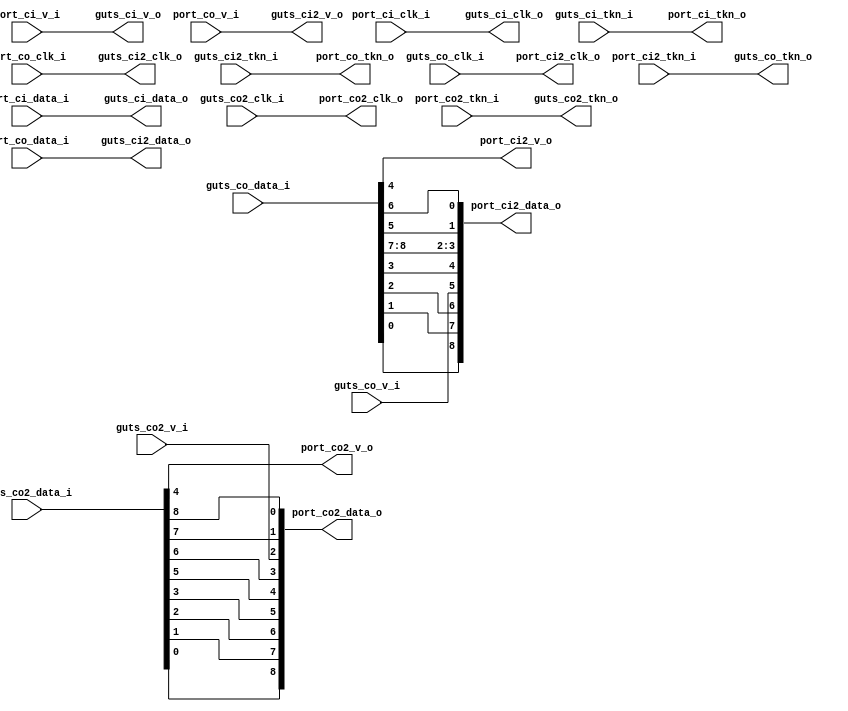
// This program was cloned from: https://github.com/NYU-MLDA/OpenABC
// License: BSD 3-Clause "New" or "Revised" License

module bsg_chip_swizzle_adapter
(
  guts_ci_clk_o,
  guts_ci_v_o,
  guts_ci_data_o,
  guts_ci_tkn_i,
  guts_ci2_clk_o,
  guts_ci2_v_o,
  guts_ci2_data_o,
  guts_ci2_tkn_i,
  guts_co_clk_i,
  guts_co_v_i,
  guts_co_data_i,
  guts_co_tkn_o,
  guts_co2_clk_i,
  guts_co2_v_i,
  guts_co2_data_i,
  guts_co2_tkn_o,
  port_ci_clk_i,
  port_ci_v_i,
  port_ci_data_i,
  port_ci_tkn_o,
  port_co_clk_i,
  port_co_v_i,
  port_co_data_i,
  port_co_tkn_o,
  port_ci2_clk_o,
  port_ci2_v_o,
  port_ci2_data_o,
  port_ci2_tkn_i,
  port_co2_clk_o,
  port_co2_v_o,
  port_co2_data_o,
  port_co2_tkn_i
);

  output [8:0] guts_ci_data_o;
  output [8:0] guts_ci2_data_o;
  input [8:0] guts_co_data_i;
  input [8:0] guts_co2_data_i;
  input [8:0] port_ci_data_i;
  input [8:0] port_co_data_i;
  output [8:0] port_ci2_data_o;
  output [8:0] port_co2_data_o;
  input guts_ci_tkn_i;
  input guts_ci2_tkn_i;
  input guts_co_clk_i;
  input guts_co_v_i;
  input guts_co2_clk_i;
  input guts_co2_v_i;
  input port_ci_clk_i;
  input port_ci_v_i;
  input port_co_clk_i;
  input port_co_v_i;
  input port_ci2_tkn_i;
  input port_co2_tkn_i;
  output guts_ci_clk_o;
  output guts_ci_v_o;
  output guts_ci2_clk_o;
  output guts_ci2_v_o;
  output guts_co_tkn_o;
  output guts_co2_tkn_o;
  output port_ci_tkn_o;
  output port_co_tkn_o;
  output port_ci2_clk_o;
  output port_ci2_v_o;
  output port_co2_clk_o;
  output port_co2_v_o;
  wire [8:0] guts_ci_data_o,guts_ci2_data_o,port_ci2_data_o,port_co2_data_o;
  wire guts_ci_clk_o,guts_ci_v_o,guts_ci2_clk_o,guts_ci2_v_o,guts_co_tkn_o,
  guts_co2_tkn_o,port_ci_tkn_o,port_co_tkn_o,port_ci2_clk_o,port_ci2_v_o,port_co2_clk_o,
  port_co2_v_o,guts_co_data_i_4_,guts_co2_data_i_4_;
  assign guts_ci_clk_o = port_ci_clk_i;
  assign guts_ci_v_o = port_ci_v_i;
  assign guts_ci_data_o[8] = port_ci_data_i[8];
  assign guts_ci_data_o[7] = port_ci_data_i[7];
  assign guts_ci_data_o[6] = port_ci_data_i[6];
  assign guts_ci_data_o[5] = port_ci_data_i[5];
  assign guts_ci_data_o[4] = port_ci_data_i[4];
  assign guts_ci_data_o[3] = port_ci_data_i[3];
  assign guts_ci_data_o[2] = port_ci_data_i[2];
  assign guts_ci_data_o[1] = port_ci_data_i[1];
  assign guts_ci_data_o[0] = port_ci_data_i[0];
  assign guts_ci2_clk_o = port_co_clk_i;
  assign guts_ci2_v_o = port_co_v_i;
  assign guts_ci2_data_o[8] = port_co_data_i[8];
  assign guts_ci2_data_o[7] = port_co_data_i[7];
  assign guts_ci2_data_o[6] = port_co_data_i[6];
  assign guts_ci2_data_o[5] = port_co_data_i[5];
  assign guts_ci2_data_o[4] = port_co_data_i[4];
  assign guts_ci2_data_o[3] = port_co_data_i[3];
  assign guts_ci2_data_o[2] = port_co_data_i[2];
  assign guts_ci2_data_o[1] = port_co_data_i[1];
  assign guts_ci2_data_o[0] = port_co_data_i[0];
  assign guts_co_data_i_4_ = guts_co_data_i[4];
  assign port_ci2_v_o = guts_co_data_i_4_;
  assign guts_co_tkn_o = port_ci2_tkn_i;
  assign guts_co2_data_i_4_ = guts_co2_data_i[4];
  assign port_co2_v_o = guts_co2_data_i_4_;
  assign guts_co2_tkn_o = port_co2_tkn_i;
  assign port_ci_tkn_o = guts_ci_tkn_i;
  assign port_co_tkn_o = guts_ci2_tkn_i;
  assign port_ci2_clk_o = guts_co_clk_i;
  assign port_ci2_data_o[8] = guts_co_data_i[0];
  assign port_ci2_data_o[7] = guts_co_data_i[1];
  assign port_ci2_data_o[6] = guts_co_data_i[2];
  assign port_ci2_data_o[5] = guts_co_v_i;
  assign port_ci2_data_o[4] = guts_co_data_i[3];
  assign port_ci2_data_o[3] = guts_co_data_i[8];
  assign port_ci2_data_o[2] = guts_co_data_i[7];
  assign port_ci2_data_o[1] = guts_co_data_i[5];
  assign port_ci2_data_o[0] = guts_co_data_i[6];
  assign port_co2_clk_o = guts_co2_clk_i;
  assign port_co2_data_o[8] = guts_co2_data_i[0];
  assign port_co2_data_o[7] = guts_co2_data_i[1];
  assign port_co2_data_o[6] = guts_co2_data_i[2];
  assign port_co2_data_o[5] = guts_co2_data_i[3];
  assign port_co2_data_o[4] = guts_co2_data_i[5];
  assign port_co2_data_o[3] = guts_co2_data_i[6];
  assign port_co2_data_o[2] = guts_co2_v_i;
  assign port_co2_data_o[1] = guts_co2_data_i[7];
  assign port_co2_data_o[0] = guts_co2_data_i[8];

endmodule